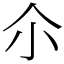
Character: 尒